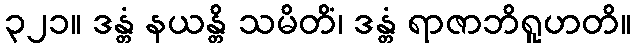
၃၂၁။ ဒန္တံ နယန္တိ သမိတိံ၊ ဒန္တံ ရာဇာဘိရူဟတိ။